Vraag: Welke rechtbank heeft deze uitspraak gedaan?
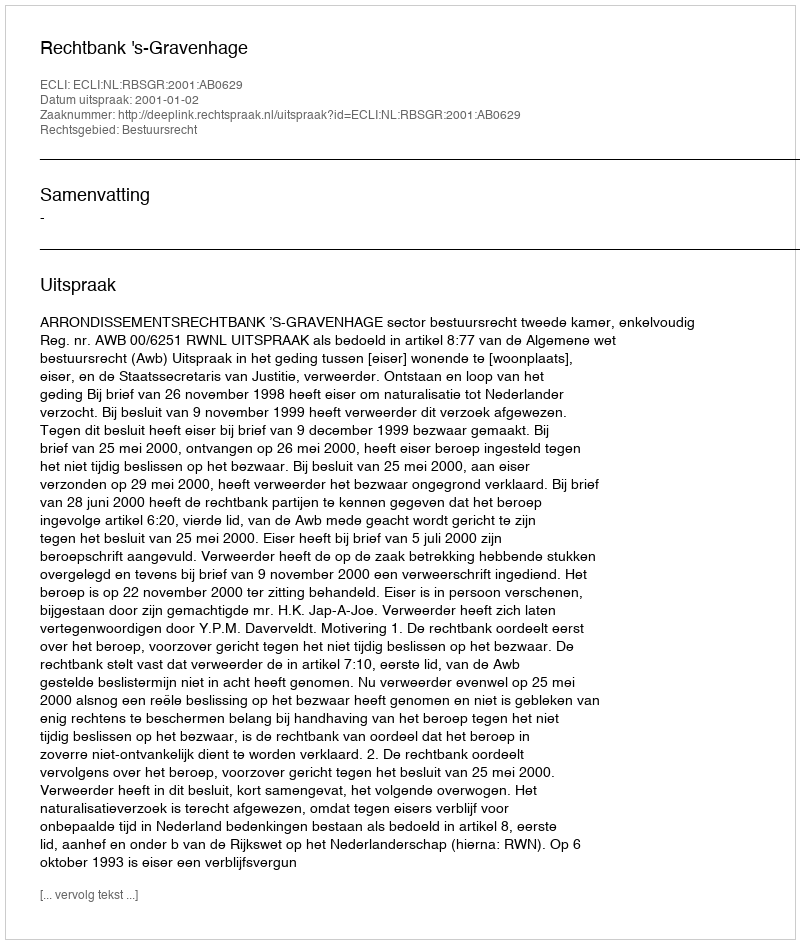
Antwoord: Rechtbank 's-Gravenhage